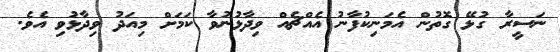
ނަސީރާ ގުޅޭ ގޮތުން އެމަނިކުފާނު އެއްޗެއް ވިދާޅުނުވާ ކަމަށް މިއަދު ވިދާޅުވި އެވެ.